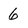
Character: 6